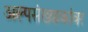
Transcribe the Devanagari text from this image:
अल्पसंख्याकांवर